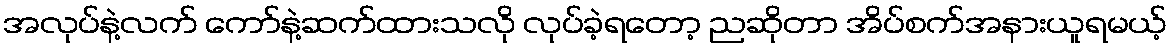
အလုပ်နဲ့လက် ကော်နဲ့ဆက်ထားသလို လုပ်ခဲ့ရတော့ ညဆိုတာ အိပ်စက်အနားယူရမယ့်